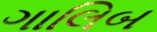
ગાલિબ